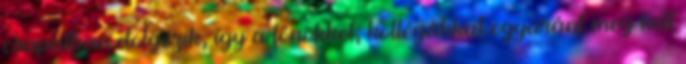
csapatban dolgozik, így a főnökkel, kollégákkal egyaránt meg kell